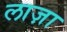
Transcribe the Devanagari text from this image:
लाज़ा